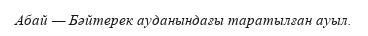
Абай — Бәйтерек ауданындағы таратылған ауыл.